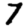
Digit: 7